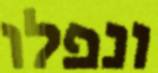
ונפלו